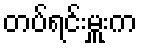
တပ်ရင်းမှူးက